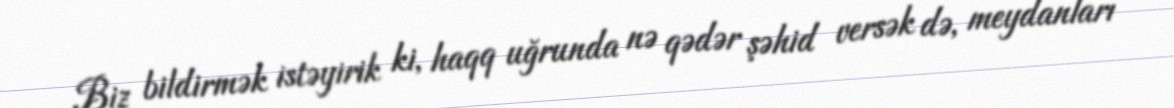
Biz bildirmək istəyirik ki, haqq uğrunda nə qədər şəhid versək də, meydanları